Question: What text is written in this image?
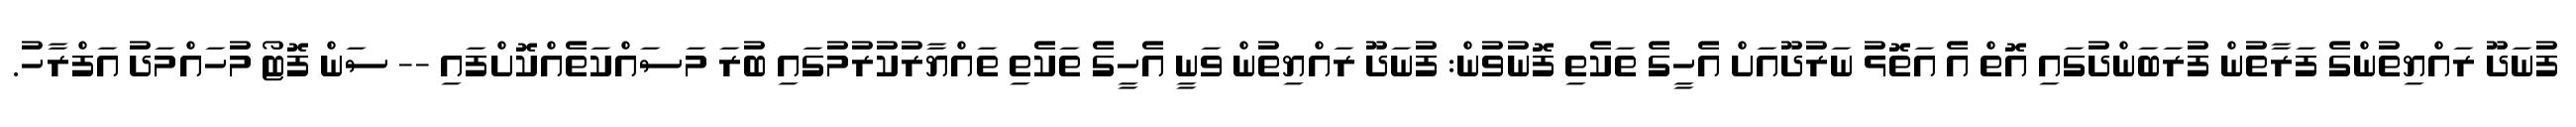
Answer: ފުނަދޫ ރައްޔިތުންގެ ފަރާތުން ފުރަބަންދުގައި އޮތް އެ އަތޮޅު ނަރުދޫއަށް އެހީގެ ތަކެތި ފޮނުވުން: ފުނަދޫ ރައްޔިތުން ވަނީ އެހީގެ ތަކެތި ތައްޔާރުކުރުމުގައި ބުރަ މަސައްކަތެއްކޮށްފައި -- ސަން ފޮޓޯ މުހައްމަދު އަފްރާހު.